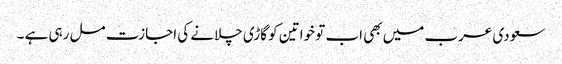
سعودی عرب میں بھی اب تو خواتین کو گاڑی چلانے کی اجازت مل رہی ہے ۔